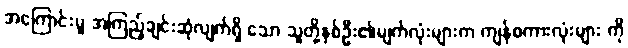
အကြောင်းမူ အကြည့်ချင်းဆုံလျက်ရှိ သော သူတို့နှစ်ဦး၏မျက်လုံးများက ကျန်စကားလုံးများ ကို